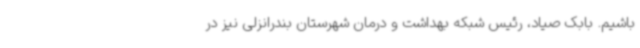
باشیم. بابک صیاد، رئیس شبکه بهداشت و درمان شهرستان بندرانزلی نیز در